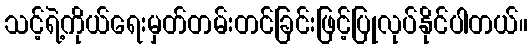
သင့်ရဲ့ကိုယ်ရေးမှတ်တမ်းတင်ခြင်းဖြင့်ပြုလုပ်နိုင်ပါတယ်။